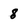
Character: 8